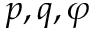
p , q , \varphi